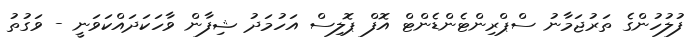
ފުލުހުންގެ ތަރުޖަމާނު ސްޕްރިންޓެންޑެންޓް އޮފް ޕޮލިސް އަހުމަދު ޝިފާން ވާހަކަދައްކަވަނީ - ވަގުތު